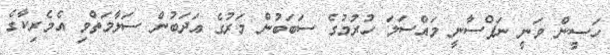
ހަސީން ވަނީ ނަފްސާނީ މައްސަލަ ހުރުމުގެ ސަބަބުން މަރުގެ އަދަބުން ސަލާމަތްވި އެމެރިކާގެ